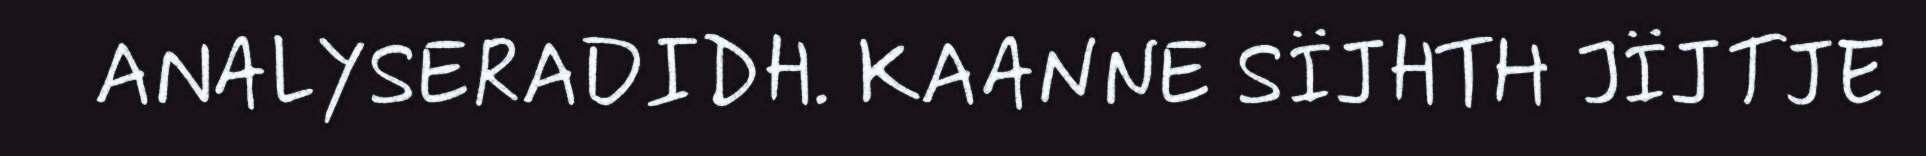
ANALYSERADIDH. KAANNE SÏJHTH JÏJTJE